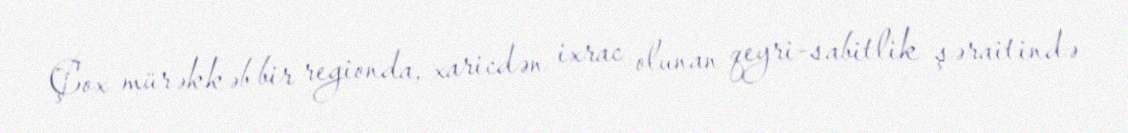
Çox mürəkkəb bir regionda, xaricdən ixrac olunan qeyri-sabitlik şəraitində